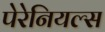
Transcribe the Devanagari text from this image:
पेरेनियल्स